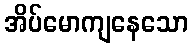
အိပ်မောကျနေသော